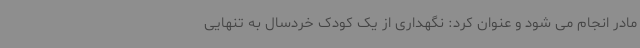
مادر انجام می شود و عنوان کرد: نگهداری از یک کودک خردسال به تنهایی